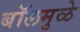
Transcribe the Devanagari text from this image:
बॉलमुळे